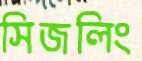
সিজলিং